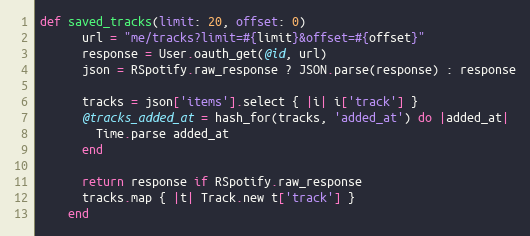
Language: Ruby
def saved_tracks(limit: 20, offset: 0)
      url = "me/tracks?limit=#{limit}&offset=#{offset}"
      response = User.oauth_get(@id, url)
      json = RSpotify.raw_response ? JSON.parse(response) : response

      tracks = json['items'].select { |i| i['track'] }
      @tracks_added_at = hash_for(tracks, 'added_at') do |added_at|
        Time.parse added_at
      end

      return response if RSpotify.raw_response
      tracks.map { |t| Track.new t['track'] }
    end